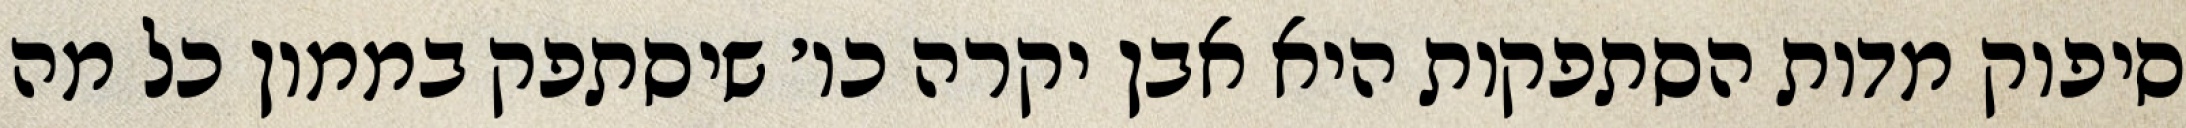
סיפוק מדות הסתפקות היא אבן יקרה כו׳ שיסתפק בממון כל מה